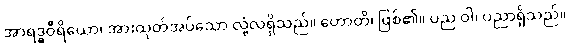
အာရဒ္ဓဝီရိယော၊ အားထုတ်အပ်သော လုံ့လရှိသည်။ ဟောတိ၊ ဖြစ်၏။ ပည ဝါ၊ ပညာရှိသည်။